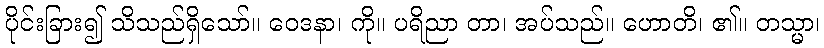
ပိုင်းခြား၍ သိသည်ရှိသော်။ ဝေဒနာ၊ ကို။ ပရိညာ တာ၊ အပ်သည်။ ဟောတိ၊ ၏။ တသ္မာ၊